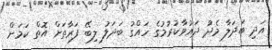
އަދި ބަދަލާ މެދު ދައުވާކުރުމުގެ ހައްގު ބަދަލު ލިބޭ ފަރާތަށް އޮތް ކަމަށް